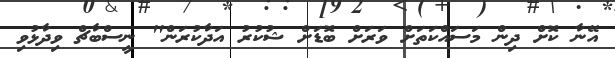
އޭނާ ކޮށް ދިން މަސައްކަތަށް ވަރަށް ބޮޑަށް ޝުކުރު އަދާކުރަން" ނީސްބާޗް ވިދާޅުވި